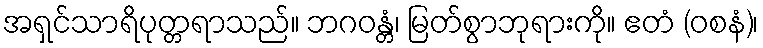
အရှင်သာရိပုတ္တရာသည်။ ဘဂဝန္တံ၊ မြတ်စွာဘုရားကို။ ဧတံ (ဝစနံ)၊